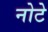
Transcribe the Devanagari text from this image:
नोटे